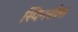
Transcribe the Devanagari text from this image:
स्पिनर्सला